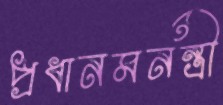
প্রধানমনন্ত্রী